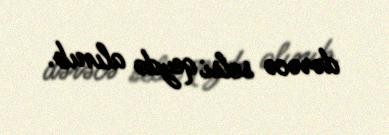
dərəcə selsi qeydə alınıb.